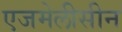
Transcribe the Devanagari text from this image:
एजमेलीसीन